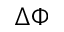
\Delta \Phi